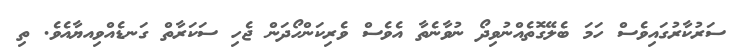
ސަރުކާރުގައިވެސް ހަމަ ބެލޭގޮތެއްނުވިދޯ ނުވާނެތާ އެވެސް ވެރިކަންހޯދަން ޖެހި ސަކަރާތް ގަނޑެއްވިއޔާއެވެ. ތި